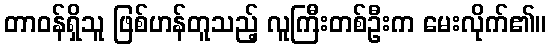
တာဝန်ရှိသူ ဖြစ်ဟန်တူသည့် လူကြီးတစ်ဦးက မေးလိုက်၏။